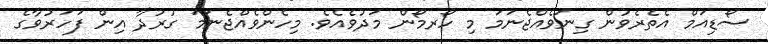
ސޯޑިއަމް އެތެރެވުން ގިނަވެއްޖެނަމަ މި ހޯރމޯން މަދުވެއެވެ. މިހެންވެއްޖެނަމަ ގުރުދާ އިން ފަހަރުވާގެ